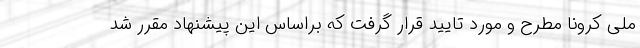
ملی کرونا مطرح و مورد تایید قرار گرفت که براساس این پیشنهاد مقرر شد